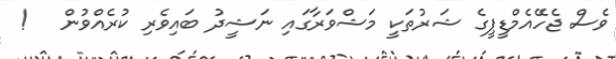
ވެސް ޖެހޭއެމްޑީޕީގެ ޝަރުތަކީ މަޝްވަރާގައި ނަޝީދު ބައިވެރި ކުރެއްވުން   !